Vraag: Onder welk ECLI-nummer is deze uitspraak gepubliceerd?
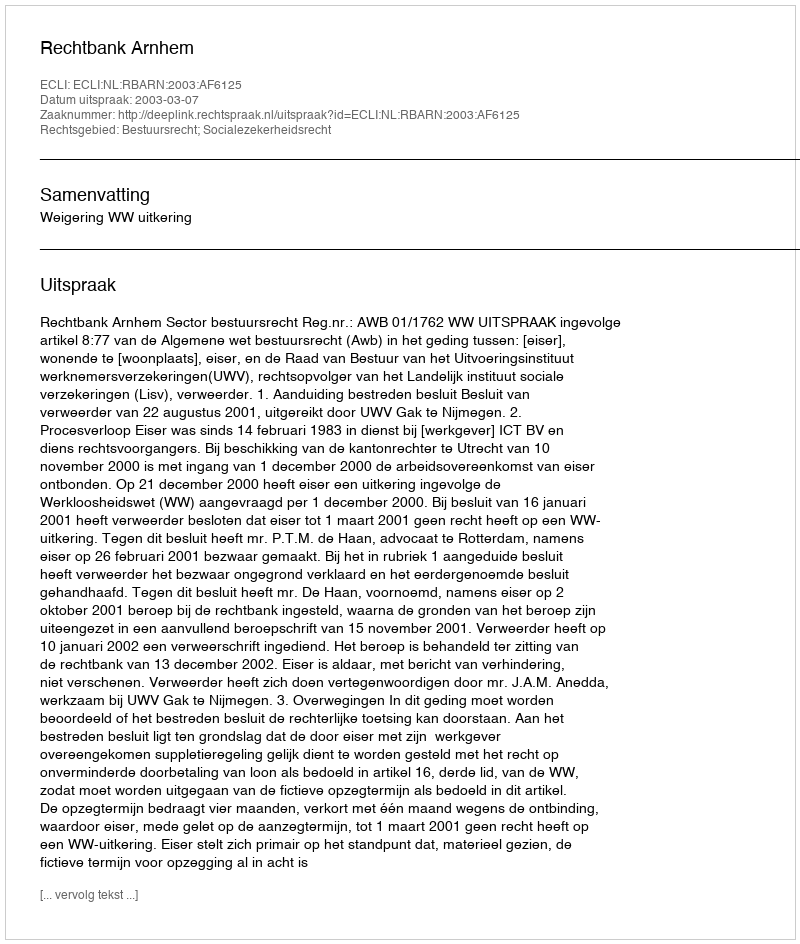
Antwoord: ECLI:NL:RBARN:2003:AF6125